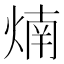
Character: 煵